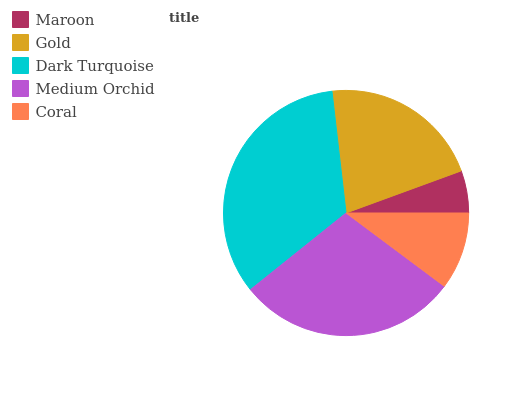
| Maroon | Gold | Dark Turquoise | Medium Orchid | Coral |
 | --- | --- | --- | --- | --- |
 | 5.56% | 21.3% | 33.9% | 29.1% | 10.2% |